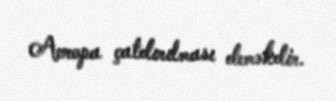
Avropa çatdırılması deməkdir.